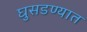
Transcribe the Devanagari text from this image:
घुसडण्यात